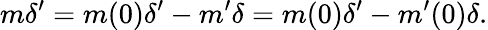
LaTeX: m\delta^{\prime}=m(0)\delta^{\prime}-m^{\prime}\delta=m(0)\delta^{\prime}-m^{\prime}(0)\delta.